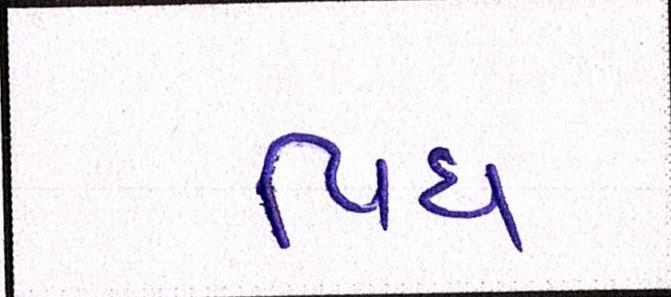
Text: વિધ